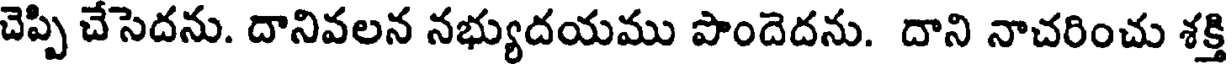
చెప్పి చేసెదను. దానివలన నభ్యుదయము పొందెదను. దాని నాచరించు శక్తి